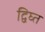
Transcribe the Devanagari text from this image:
द्विघ्त